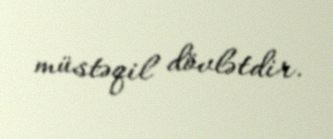
müstəqil dövlətdir.